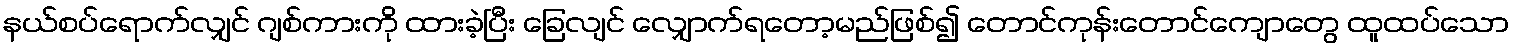
နယ်စပ်ရောက်လျှင် ဂျစ်ကားကို ထားခဲ့ပြီး ခြေလျင် လျှောက်ရတော့မည်ဖြစ်၍ တောင်ကုန်းတောင်ကျောတွေ ထူထပ်သော